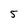
Character: 5